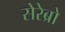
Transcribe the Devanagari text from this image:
सेरेब्रो